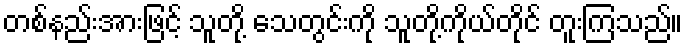
တစ်နည်းအားဖြင့် သူတို့ သေတွင်းကို သူတို့ကိုယ်တိုင် တူးကြသည်။